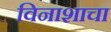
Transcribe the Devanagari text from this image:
विनाशाचा